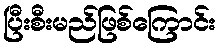
ပြီးစီးမည်ဖြစ်ကြောင်း